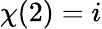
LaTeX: \chi(2)=i